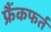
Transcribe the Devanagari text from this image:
फ्रैंकफर्त